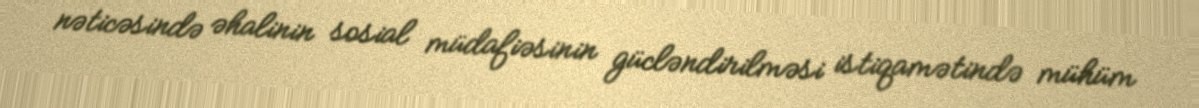
nəticəsində əhalinin sosial müdafiəsinin gücləndirilməsi istiqamətində mühüm